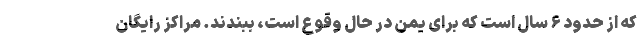
که از حدود ۶ سال است که برای یمن در حال وقوع است، ببندند. مراکز رایگان